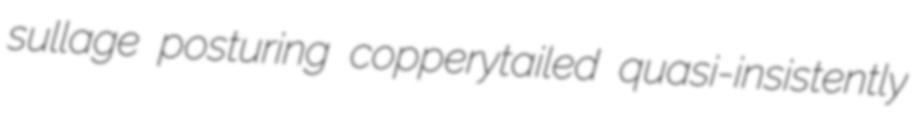
sullage posturing copperytailed quasi-insistently